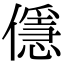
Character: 㒚